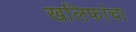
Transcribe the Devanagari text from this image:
खलिफांचा